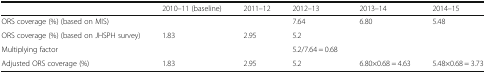
|  | 2010–11 (baseline) | 2011–12 | 2012–13 | 2013–14 | 2014–15 |
 | --- | --- | --- | --- | --- | --- |
 | ORS coverage (%) (based on MIS) |  |  | 7.64 | 6.80 | 5.48 |
 | ORS coverage (%) (based on JHSPH survey) | 1.83 | 2.95 | 5.2 |  |  |
 | Multiplying factor |  |  | 5.2/7.64 = 0.68 |  |  |
 | Adjusted ORS coverage (%) | 1.83 | 2.95 | 5.2 | 6.80×0.68 = 4.63 | 5.48×0.68 = 3.73 |